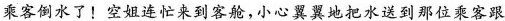
乘客倒水了！空姐连忙来到客舱，小心翼翼地把水送到那位乘客跟